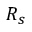
{ \cal R } _ { s }